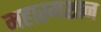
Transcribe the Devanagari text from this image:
महास्मशान